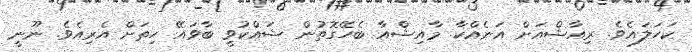
ކަހަލައެވެ. ރިއާޝްއަށް އަނެއްކާ މާއިޝްއާ ބެހޭގޮތުން ޝައްކުވީ ބާވައޭ ހިތަށް އެރިއެވެ. ނޫނީ